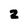
Character: 2